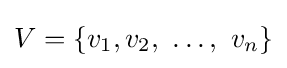
V=\{v_{1},v_{2},~\ldots ,~v_{n}\}